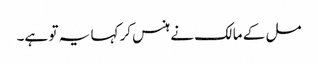
مل کے مالک نے ہنس کر کہا یہ تو ہے۔